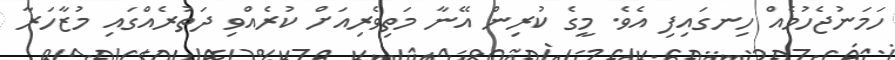
ހަމަނުޖެހުމެއް ހިނގައިފި އެވެ. މީގެ ކުރިން އޭނާ މަތިވެރިއަށް ކުރެއްވި ދަތުރެއްގައި މުޒާހަރާ